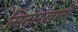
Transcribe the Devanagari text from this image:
सितारखानी